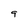
Character: 9